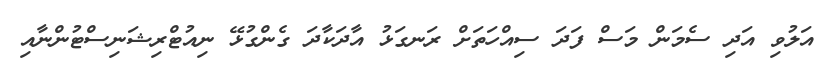
އަލުވި އަދި ސެމަން މަސް ފަދަ ސިއްހަތަށް ރަނގަޅު އާދަކާދަ ގެންގުޅޭ ނިއުޓްރިޝަނިސްޓުންނާއި